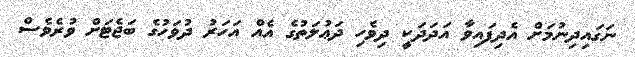
ނަގައިދިނުމަށް އެދިފައިވާ އަދަދަކީ ދިވެހި ދަޢުލަތުގެ އެއް އަހަރު ދުވަހުގެ ބަޖެޓަށް ވުރެވެސް